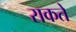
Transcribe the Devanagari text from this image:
राकते